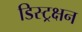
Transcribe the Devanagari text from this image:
डिस्ट्रक्षन